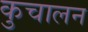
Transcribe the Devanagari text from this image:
कुचालन